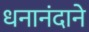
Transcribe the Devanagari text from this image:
धनानंदाने